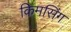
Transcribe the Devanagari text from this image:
किमसिंग